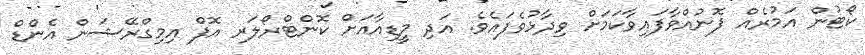
ކޯޓުން އަމުރެއް ފޮނުއްވާފައިވާކަމަށް ވިދާޅުވެފައެވެ. އަދި މީޑިއާއަށް ކޮންޓްރޯލަރ އޮފް އިމިގްރޭޝަން އެންޑް